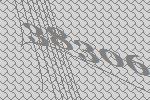
38306